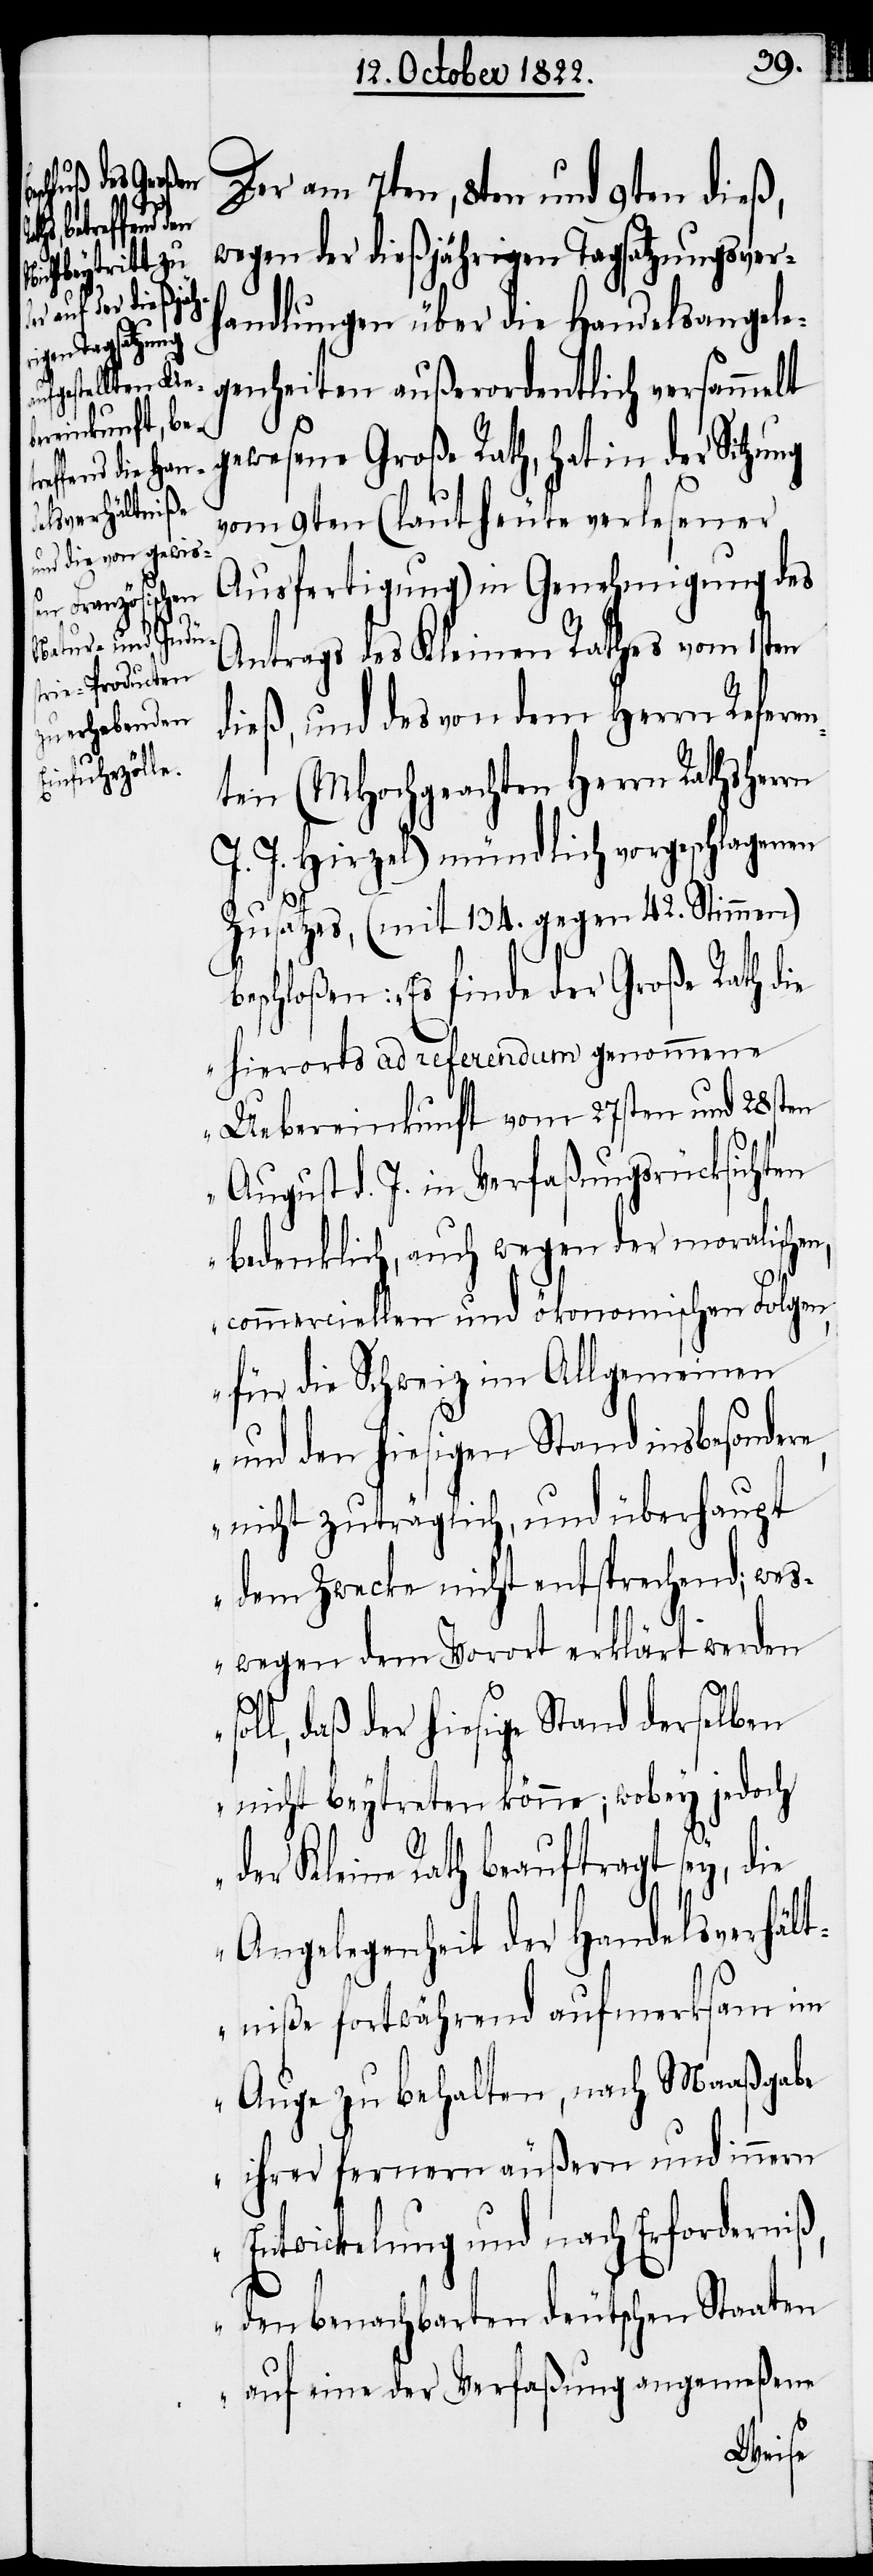
Der am 7ten, 8ten und 9ten dieß,
wegen der dießjährigen Tagsatzungsverh¬
andlungen über die Handelsangele¬
genheiten außerordentlich versammelt
gewesene Große Rath, hat in der Sitzung
vom 9ten (laut heute verlesener
Ausfertigung) in Genehmigung des
Antrags des Kleinen Rathes vom 1sten
dieß, und des von dem Herrn Referen¬
ten (MHochgeachten Herrn Rathsherrn
J. J. Hirzel) mündlich vorgeschlagenen
s¬
Zusatzes, (mit 134. gegen 42. Stimmen)
beschloßen: „Es finde der Große Rath die
hierorts ad referendum genommene
Uebereinkunft vom 27sten und 28sten
August d. J. in Verfaßungsrücksichten
bedenklich, auch wegen der moralische¬
commerciellen und ökonomischen Folgen,
für die Schweiz im Allgemeinen
und den hiesigen Stand insbesonder¬
nicht zuträglich, und überhaupt
dem Zwecke nicht entsprechend; wes¬
wegen dem Vorort erklärt werden
oll, daß der hiesige Stand derselben
nicht beytreten könne; wobey jedoch
der Kleine Rath beauftragt sey, die
Angelegenheit der Handelsverhält¬
niße fortwährend aufmerksam im
Auge zu behalten, nach Maaßgabe
ihrer fernern äußern und innern
Entwickelung und nach Erforderniß,
den benachbarten deutschen Staaten
auf eine der Verfaßung angemeßene